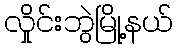
လှိုင်းဘွဲမြို့နယ်